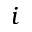
i